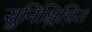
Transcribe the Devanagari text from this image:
सुनिश्चिचित